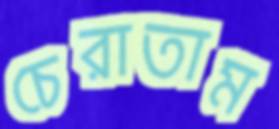
চেরাতাম